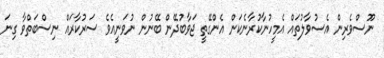
ނޫސްވެރިން އެސުވާލުތައް އެމީހުނާކުރާނެކަން އެންގޭތީ ޖަވާބުދޭން ބޭނުން ނުވަނީއެވެ ސަރުކާރައް ނިސްބަތްވާ ގިނަ